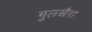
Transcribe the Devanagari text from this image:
गुलखैरा